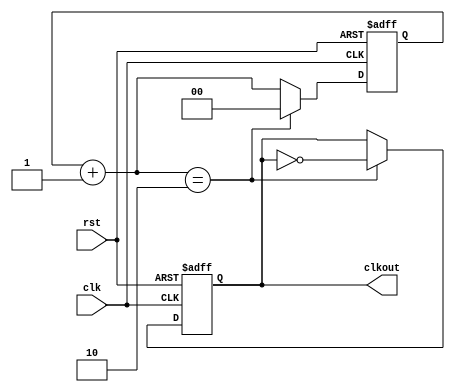

module freq_by3(input clk, rst, output reg clkout);

 reg [1:0] count;
 
 always@(posedge clk or posedge rst) begin
  if(rst) begin 
    clkout <= 0;
    count <= 0;
  end  
  else begin
   
   count = count + 1'b1;
   if(count == 2'b10) begin
     count <= 2'b00;
     clkout <= ~clkout ;
   end
  
 end
 
 end
    
endmodule